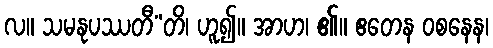
လ။ သမနုပဿတီ”တိ၊ ဟူ၍။ အာဟ၊ ၏။ ဧတေန ဝစနေန၊